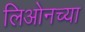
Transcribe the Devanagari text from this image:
लिओनच्या